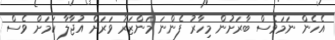
އެހެން ނަމަވެސް ބާރަށުން މިހާރު ފެންނަ މަންޒަރު ވަރަށް އުޖާލާ ކަމަށް ވެސް